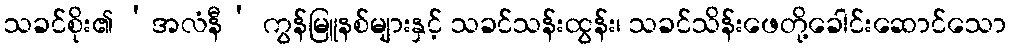
သခင်စိုး၏ ‘အလံနီ’ ကွန်မြူနစ်များနှင့် သခင်သန်းထွန်း၊ သခင်သိန်းဖေတို့ခေါင်းဆောင်သော